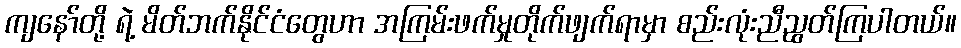
ကျနော်တို့ ရဲ့ မိတ်ဘက်နိုင်ငံတွေဟာ အကြမ်းဖက်မှုတိုက်ဖျက်ရာမှာ စည်းလုံးညီညွတ်ကြပါတယ်။